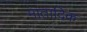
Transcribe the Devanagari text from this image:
मातादिक